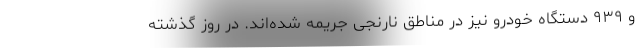
و ۹۳۹ دستگاه خودرو نیز در مناطق نارنجی جریمه شده‌اند. در روز گذشته